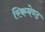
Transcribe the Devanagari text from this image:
रिकमेण्ड